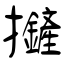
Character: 摌